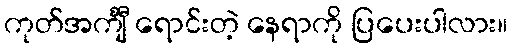
ကုတ်အင်္ကျီ ရောင်းတဲ့ နေရာကို ပြပေးပါလား။